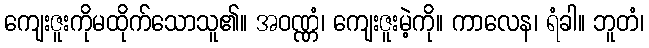
ကျေးဇူးကိုမထိုက်သောသူ၏။ အဝဏ္ဏံ၊ ကျေးဇူးမဲ့ကို။ ကာလေန၊ ရံခါ။ ဘူတံ၊